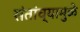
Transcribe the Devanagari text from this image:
संतांच्यामुळे